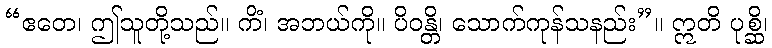
“ဧတေ၊ ဤသူတို့သည်။ ကိံ၊ အဘယ်ကို။ ပိဝန္တိ၊ သောက်ကုန်သနည်း”။ ဣတိ ပုစ္ဆိ၊